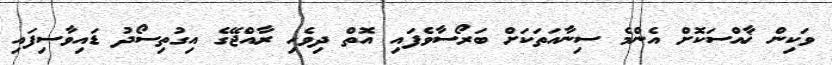
ވަކިން ޚާއްސަކޮށް އެންމެ ސިނާއަތަކަށް ބަރޯސާވެފައި އޮތް ދިވެހި ރާއްޖޭގެ އިގުތިސޯދު ޑައިވާސިފައި